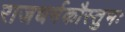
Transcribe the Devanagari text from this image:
राजधर्मकौस्तुभः